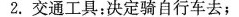
2.交通工具：决定骑自行车去；